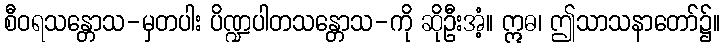
စီဝရသန္တောသ-မှတပါး ပိဏ္ဍပါတသန္တောသ-ကို ဆိုဦးအံ့။ ဣဓ၊ ဤသာသနာတော်၌။